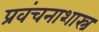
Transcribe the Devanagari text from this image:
प्रवंचनाशास्त्र